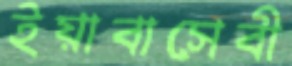
ইয়াবাসেবী